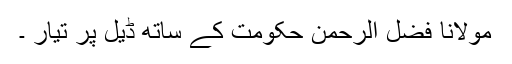
مولانا فضل الرحمٰن حکومت کے ساتھ ڈیل پر تیار ۔